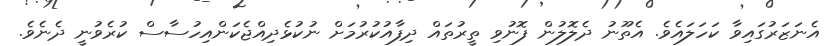
އެނަޒަރުގައިވާ ކަހަލައެވެ. އެތޫނު ދެލޮލުން ފޮނުވި ތީރުތައް ދިފާއުކުރުމަށް ނުކުޅެދިއްޖެކަންއިހުސާސް ކުރެވުނީ ދެނެވެ.